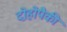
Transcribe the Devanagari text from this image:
दोहोपैकी